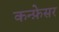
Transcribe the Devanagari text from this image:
कन्फ़ेसर